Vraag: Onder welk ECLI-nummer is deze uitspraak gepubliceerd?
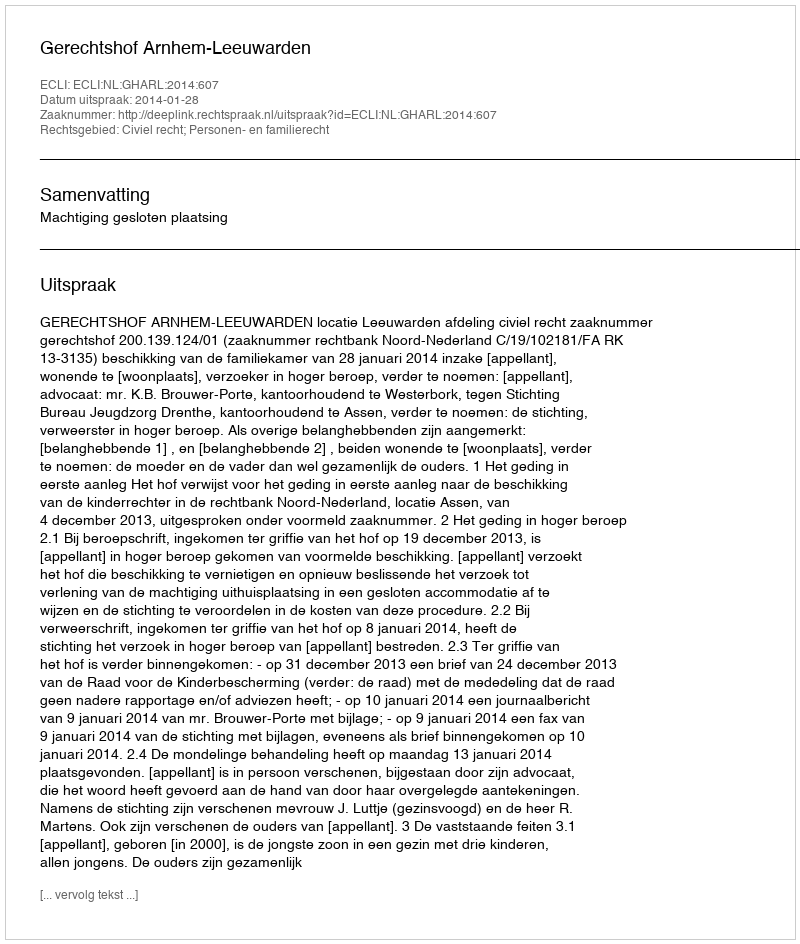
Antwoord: ECLI:NL:GHARL:2014:607